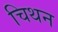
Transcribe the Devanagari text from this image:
चिथन